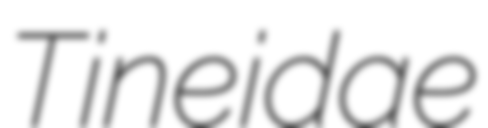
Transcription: Tineidae